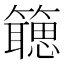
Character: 𬕻